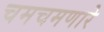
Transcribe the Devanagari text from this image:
चमचमणारे